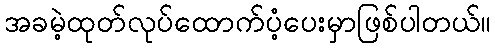
အခမဲ့ထုတ်လုပ်ထောက်ပံ့ပေးမှာဖြစ်ပါတယ်။